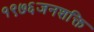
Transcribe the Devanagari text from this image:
१९७६जनशक्ति